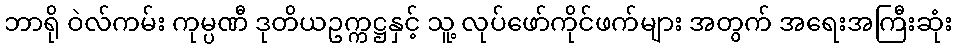
ဘာရို ဝဲလ်ကမ်း ကုမ္ပဏီ ဒုတိယဥက္ကဋ္ဌနှင့် သူ့ လုပ်ဖော်ကိုင်ဖက်များ အတွက် အရေးအကြီးဆုံး